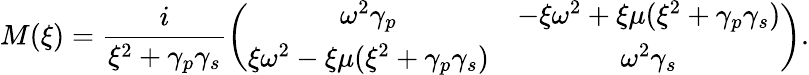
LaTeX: M(\xi)=\frac{i}{\xi^{2}+\gamma_{p}\gamma_{s}}\left(\begin{array}{cc}{\omega^{2}\gamma_{p}}&{-\xi\omega^{2}+\xi\mu(\xi^{2}+\gamma_{p}\gamma_{s})}\\ {\xi\omega^{2}-\xi\mu(\xi^{2}+\gamma_{p}\gamma_{s})}&{\omega^{2}\gamma_{s}}\end{array}\right).